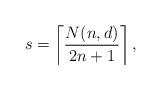
LaTeX: \begin{align*} s = \left\lceil \frac{N(n,d)}{2n + 1} \right\rceil,\end{align*}